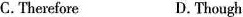
C.ThereforeD.Though